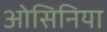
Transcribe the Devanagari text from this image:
ओसिनिया